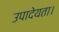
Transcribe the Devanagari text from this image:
उपादेयता।